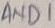
Text: AND1